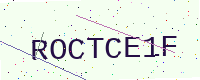
Text: ROCTCE1F